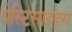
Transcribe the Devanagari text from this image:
पेस्टिसाइड्स